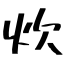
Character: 炊